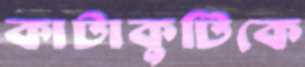
কাটাকুটিকে